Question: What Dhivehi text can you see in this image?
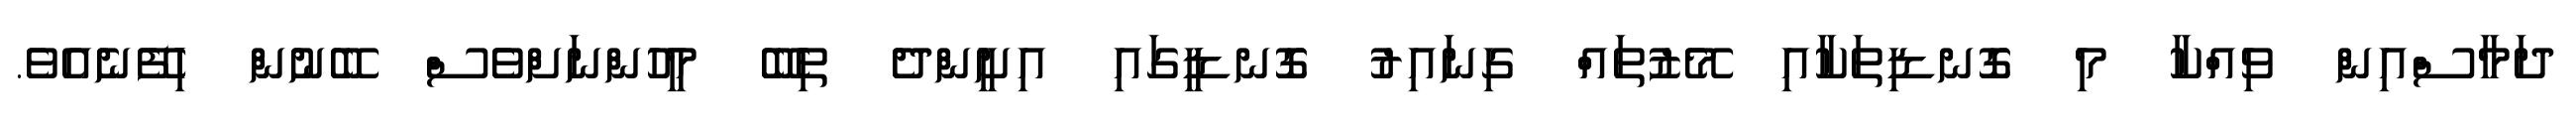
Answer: ދަމާސްއިން ވިއްކާ މި ގޮނޑިތަކާއި މޭޒުތައް ގިނައިރު ގޮނޑީގައި އިށީންދެ ތިބޭ މީހުންނަށްވެސް ބޭނުން ހިފޭނެއެވެ.